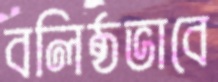
বলিষ্ঠভাবে